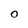
Character: 0